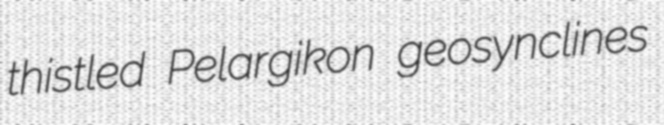
thistled Pelargikon geosynclines